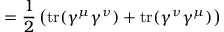
= { \frac { 1 } { 2 } } \left( \operatorname { t r } ( \gamma ^ { \mu } \gamma ^ { \nu } ) + \operatorname { t r } ( \gamma ^ { \nu } \gamma ^ { \mu } ) \right)